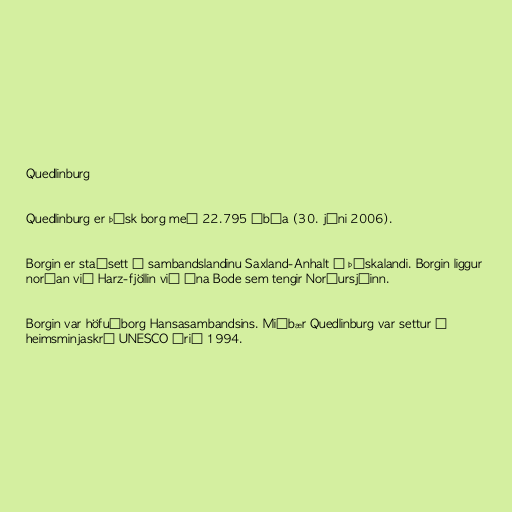
Quedlinburg

Quedlinburg er þýsk borg með 22.795 íbúa (30. júni 2006).

Borgin er staðsett í sambandslandinu Saxland-Anhalt í Þýskalandi. Borgin liggur
norðan við Harz-fjöllin við ána Bode sem tengir Norðursjóinn.

Borgin var höfuðborg Hansasambandsins. Miðbær Quedlinburg var settur á
heimsminjaskrá UNESCO árið 1994.